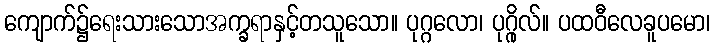
ကျောက်၌ရေးသားသောအက္ခရာနှင့်တသူသော။ ပုဂ္ဂလော၊ ပုဂ္ဂိုလ်။ ပထဝီလေခူပမော၊